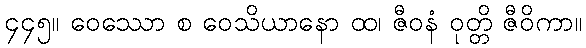
၄၄၅။ ဝေဿော စ ဝေသိယာနော ထ၊ ဇီဝနံ ဝုတ္တိ ဇီဝိကာ။